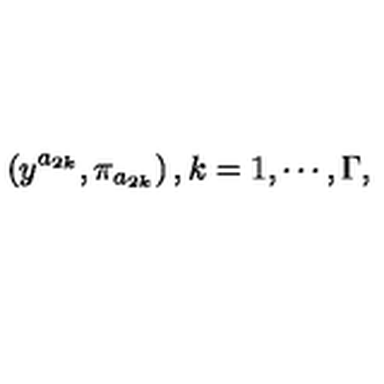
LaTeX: \left( y ^ { a _ { 2 k } } , \pi _ { a _ { 2 k } } \right) , k = 1 , \cdots , \Gamma ,